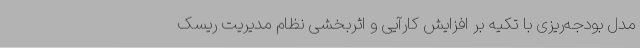
مدل بودجه‌ریزی با تکیه بر افزایش کارآیی و اثربخشی نظام مدیریت ریسک